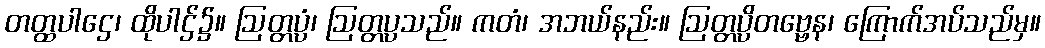
တတ္ထပါဌေ၊ ထိုပါဌ်၌။ ဩတ္တပ္ပံ၊ ဩတ္တပ္ပသည်။ ကတံ၊ အဘယ်နည်း။ ဩတ္တပ္ပိတဗ္ဗေန၊ ကြောက်အပ်သည်မှ။